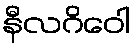
နီလဂိဝေါ